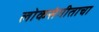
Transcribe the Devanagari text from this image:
लोकसंगीताचा